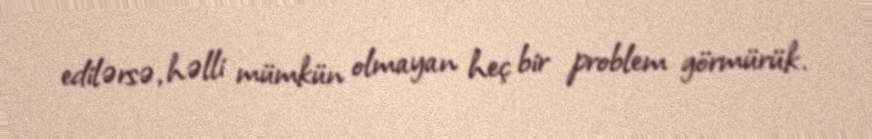
edilərsə, həlli mümkün olmayan heç bir problem görmürük.